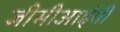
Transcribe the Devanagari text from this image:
जीसीआईबी